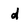
Character: d